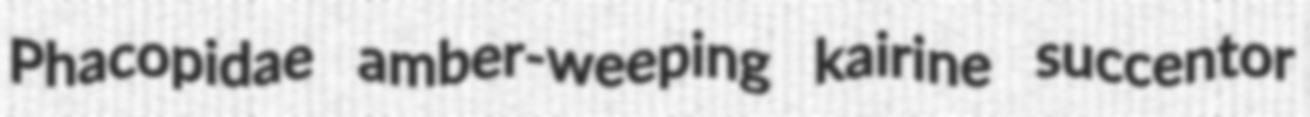
Phacopidae amber-weeping kairine succentor